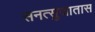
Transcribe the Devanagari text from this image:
सनत्सुजातास